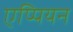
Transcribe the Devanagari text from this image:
एप्पियन